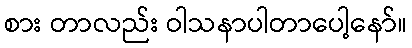
စား တာလည်း ဝါသနာပါတာပေါ့နော်။